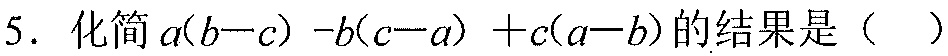
5. 化简 \(a(b - c)-b(c - a)+c(a - b)\)的结果是（  ）